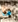
ما